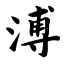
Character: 溥